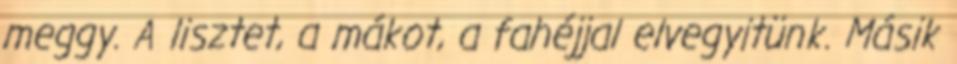
meggy. A lisztet, a mákot, a fahéjjal elvegyitünk. Másik